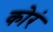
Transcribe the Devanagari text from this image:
कोरं